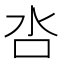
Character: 呇